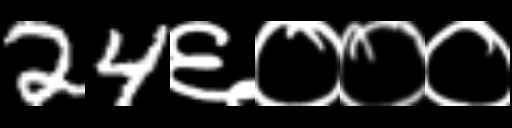
Text: 24६०००